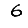
Digit: 6